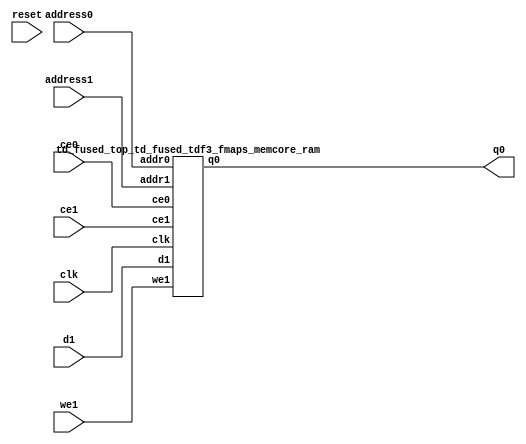
`define EXPONENT 5
`define MANTISSA 10
`define ACTUAL_MANTISSA 11
`define EXPONENT_LSB 10
`define EXPONENT_MSB 14
`define MANTISSA_LSB 0
`define MANTISSA_MSB 9
`define MANTISSA_MUL_SPLIT_LSB 3
`define MANTISSA_MUL_SPLIT_MSB 9
`define SIGN 1
`define SIGN_LOC 15
`define DWIDTH (`SIGN+`EXPONENT+`MANTISSA)
`define IEEE_COMPLIANCE 1

module td_fused_top_td_fused_tdf3_fmaps_memcore(
    reset,
    clk,
    address0,
    ce0,
    q0,
    address1,
    ce1,
    we1,
    d1);

parameter DataWidth = 32'd64;
parameter AddressRange = 32'd25088;
parameter AddressWidth = 32'd15;
input reset;
input clk;
input[AddressWidth - 1:0] address0;
input ce0;
output[DataWidth - 1:0] q0;
input[AddressWidth - 1:0] address1;
input ce1;
input we1;
input[DataWidth - 1:0] d1;



td_fused_top_td_fused_tdf3_fmaps_memcore_ram td_fused_top_td_fused_tdf3_fmaps_memcore_ram_U(
    .clk( clk ),
    .addr0( address0 ),
    .ce0( ce0 ),
    .q0( q0 ),
    .addr1( address1 ),
    .ce1( ce1 ),
    .we1( we1 ),
    .d1( d1 )
);

endmodule
module td_fused_top_td_fused_tdf3_fmaps_memcore_ram (addr0, ce0, q0, addr1, ce1, d1, we1,  clk);

parameter DWIDTH = 64;
parameter AWIDTH = 15;
parameter MEM_SIZE = 25088;

input[AWIDTH-1:0] addr0;
input ce0;
output reg[DWIDTH-1:0] q0;
input[AWIDTH-1:0] addr1;
input ce1;
input[DWIDTH-1:0] d1;
input we1;
input clk;

 reg [DWIDTH-1:0] ram[MEM_SIZE-1:0];




always @(posedge clk)  
begin 
    if (ce0) begin
        q0 <= ram[addr0];
    end
end


always @(posedge clk)  
begin 
    if (ce1) begin
        if (we1) 
            ram[addr1] <= d1; 
    end
end


endmodule